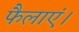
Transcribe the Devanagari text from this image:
फैलाएं।